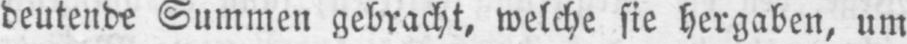
deutende Summen gebracht, welche sie hergaben, um